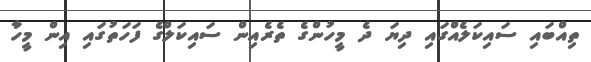
ތިއްބައި ސައިކަލެއްގައި ދިޔަ ދެ މީހުންގެ ތެރެއިން ސައިކަލްގެ ފަހަތުގައި އިން މީހާ